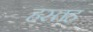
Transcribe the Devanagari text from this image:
हस्तह